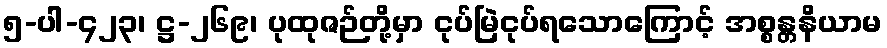
၅-ပါ-၄၂၃၊ ဋ္ဌ-၂၆၉၊ ပုထုဇဉ်တို့မှာ ငုပ်မြဲငုပ်ရသောကြောင့် အစ္စန္တနိယာမ